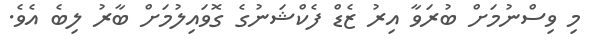
މި ވިސްނުމަށް ބުރަވާ އިރު ޒެޑް ފެކްޝަނުގެ ގޮވައިލުމަށް ބާރު ލިބެ އެވެ.